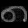
Digit: ၈